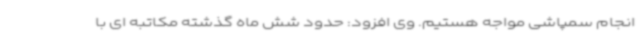
انجام سمپاشی مواجه هستیم. وی افزود: حدود شش ماه گذشته مکاتبه ای با